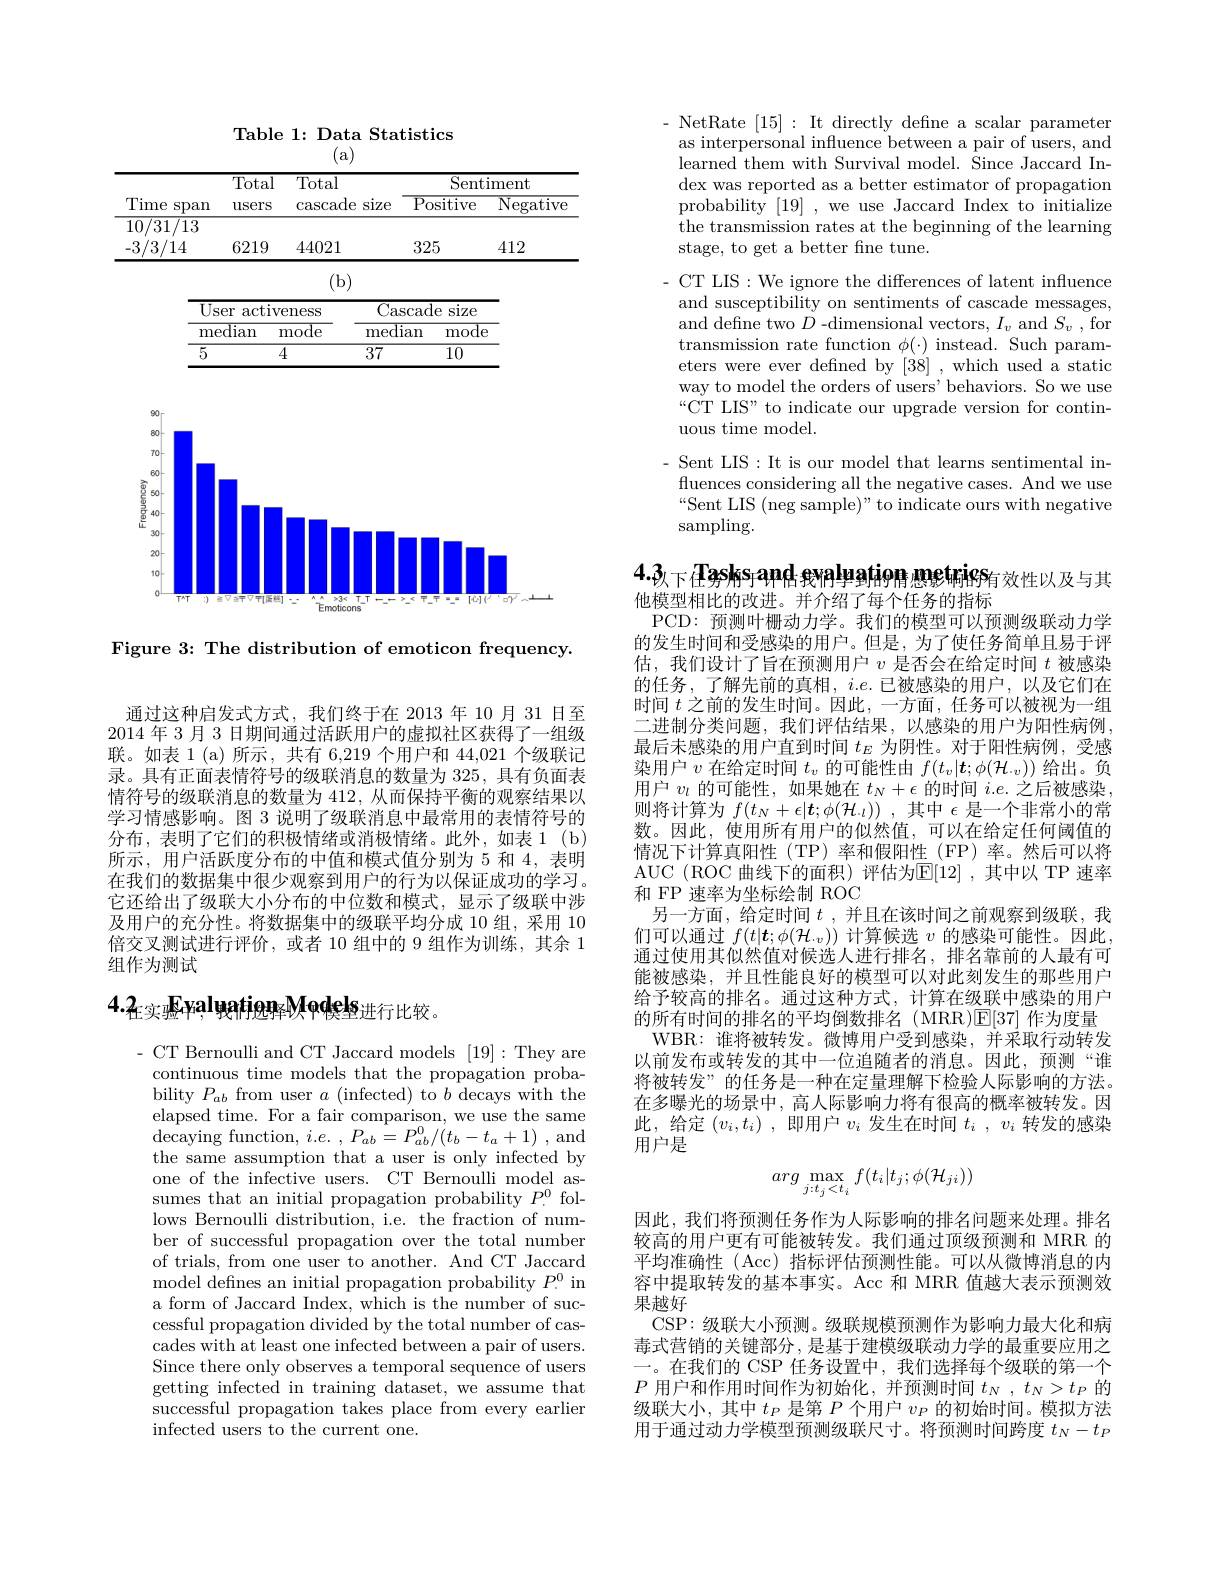
通过这种启发式方式，我们终于在 2013 年 10 月 31 日至2014 年 3 月 3 日期间通过活跃用户的虚拟社区获得了一组级联。如表 1 (a) 所示，共有 6,219 个用户和 44,021 个级联记录。具有正面表情符号的级联消息的数量为 325, 具有负面表情符号的级联消息的数量为 412, 从而保持平衡的观察结果以学习情感影响。图 3 说明了级联消息中最常用的表情符号的分布，表明了它们的积极情绪或消极情绪。此外，如表1(b) 所示，用户活跃度分布的中值和模式值分别为 5 和 4, 表明在我们的数据集中很少观察到用户的行为以保证成功的学习。它还给出了级联大小分布的中位数和模式，显示了级联中涉及用户的充分性。将数据集中的级联平均分成 10 组，采用 10倍交叉测试进行评价，或者 10 组中的 9 组作为训练，其余 1组作为测试

# $4.2_\text{在实验}{\mathrm{Epal}}_\text{晚9的选择}{\mathrm{Models}}_\text{进行比较。}$

- CT Bernoulli and CT Jaccard models [19]:They are continuous time models that the propagation probability $P_ab$ from user $a$ (infected) to $b$ decays with the elapsed time. For a fair comparison, we use the same ${\mathrm{decaying~function,~}i.e.~,~P_{ab}=~P_{ab}^{0}/(t_{b}-t_{a}+1)~,~\mathrm{and}}$ the same assumption that a user is only infected by one of the infective users. CT Bernoulli model assumes that an initial propagation probability $P_{\cdot}^{0}$ follows Bernoulli distribution, i.e. the fraction of number of successful propagation over the total number of trials, from one user to another. And CT Jaccard model defines an initial propagation probability $P_{\cdot}^0$ in a form of Jaccard Index, which is the number of successful propagation divided by the total number of cascades with at least one infected between a pair of users. Since there only observes a temporal sequence of users getting infected in training dataset, we assume that successful propagation takes place from every earlier infected users to the current one.

Table 1: Data Statistics
(a)

<table>
	<tbody>
		<tr>
			<th rowspan="2">Time $\operatorname{Span}$</th>
			<th rowspan="2">Total userS</th>
			<th rowspan="2">Total cascade size</th>
			<th colspan="2">Sentiment</th>
		</tr>
		<tr>
			<th>${\overline{{\mathrm{Positive}}}}$</th>
			<th>$\overline{\mathrm{Negative}}$</th>
		</tr>
		<tr>
			<td>-3/3/14</td>
			<td>6219</td>
			<td>44021</td>
			<td>325</td>
			<td>412</td>
		</tr>
	</tbody>
</table>

(b)
<table>
	<tbody>
		<tr>
			<th colspan="2">User activeness</th>
			<th colspan="2">Cascade :size L</th>
		</tr>
		<tr>
			<th>$\overline{\mathrm{median}}$</th>
			<th>mode</th>
			<th>median</th>
			<th>mode</th>
		</tr>
		<tr>
			<td>5</td>
			<td>4</td>
			<td>37</td>
			<td>10</td>
		</tr>
	</tbody>
</table>

<FigureHere>

Figure 3: The distribution of emoticon frequency.

- NetRate [15]: It directly defne a scalar parameter
as interpersonal influence between a pair of users, and learned them with Survival model. Since Jaccard In- $\operatorname*{dex}_{\text{was reported as a better estimator of propagation}}$ probability [19] , we use Jaccard Index to initialize the transmission rates at the beginning of the learning stage, to get a better fine tune.
- CT LIS: We ignore the differences of latent influence
and susceptibility on sentiments of cascade messages, and define two $D$ -dimensional vectors, $I_v$ and $S_v$, for transmission rate function $\phi(\cdot)$ instead. Such parameters were ever defined by [38] , which used a static way to model the orders of users' behaviors. So we use “CT LIS" to indicate our upgrade version for continuous time model.
- Sent LIS: It is our model that learns sentimental influences considering all the negative cases. And we use “Sent LIS (neg sample)” to indicate ours with negative

sampling.

4.3. Tasks and evalyatior 恩影响iss 效性以及与其
他模型相比的改进。并介绍了每个任务的指标

PCD: 预测叶栅动力学。我们的模型可以预测级联动力学的发生时间和受感染的用户。但是，为了使任务简单且易于评估，我们设计了旨在预测用户$v$是否会在给定时间$t$被感染的任务，了解先前的真相，$i.e$.已被感染的用户，以及它们在时间$t$之前的发生时间。因此，一方面，任务可以被视为一组二进制分类问题，我们评估结果，以感染的用户为阳性病例， 最后未感染的用户直到时间$t_E$为阴性。对于阳性病例，受感染用户$v$在给定时间$t_v$的可能性由$f(t_v|\boldsymbol{t};\phi(\mathcal{H}_{\cdot v}))$给出。负用户$v_l$的可能性，如果她在$t_N+\epsilon$的时间$i.e.$之后被感染， 则将计算为$f( t_N+ \epsilon | \boldsymbol{t}; \phi ( \mathcal{H} _{\cdot l}) )$ ,其中$\epsilon$是一个非常小的常数。因此，使用所有用户的似然值，可以在给定任何阈值的情况下计算真阳性(TP)率和假阳性(FP)率。然后可以将AUC (ROC 曲线下的面积)评估为$\mathbb{E}[12]$ ,其中以 TP 速率和 FP 速率为坐标绘制 ROC
另一方面，给定时间$t$ ,并且在该时间之前观察到级联，我们可以通过$f(t|\boldsymbol{t};\phi(\mathcal{H}_v))$计算候选$v$的感染可能性。因此， 通过使用其似然值对候选人进行排名，排名靠前的人最有可能被感染，并且性能良好的模型可以对此刻发生的那些用户给予较高的排名。通过这种方式，计算在级联中感染的用户的所有时间的排名的平均倒数排名(MRR)$\mathbb{E}[37]$作为度量WBR:谁将被转发。微博用户受到感染，并采取行动转发以前发布或转发的其中一位追随者的消息。因此，预测“谁将被转发”的任务是一种在定量理解下检验人际影响的方法。在多曝光的场景中，高人际影响力将有很高的概率被转发。因此，给定$( v_i, t_i)$ ,即用户$v_i$发生在时间$t_i$ $, v_i$转发的感染用户是
$$arg\max_{j:t_j<t_i}f(t_i|t_j;\phi(\mathcal{H}_{ji}))$$
因此，我们将预测任务作为人际影响的排名问题来处理。排名较高的用户更有可能被转发。我们通过顶级预测和 MRR 的平均准确性 (Acc) 指标评估预测性能。可以从微博消息的内容中提取转发的基本事实。Acc 和 MRR 值越大表示预测效果越好
CSP: 级联大小预测。级联规模预测作为影响力最大化和病毒式营销的关键部分，是基于建模级联动力学的最重要应用之一。在我们的 CSP 任务设置中，我们选择每个级联的第一个$P$用户和作用时间作为初始化，并预测时间$t_N,t_N>t_P$的级联大小，其中$t_P$是第$P$个用户$v_P$的初始时间。模拟方法用于通过动力学模型预测级联尺寸。将预测时间跨度$t_N-t_P$